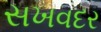
સખવદર